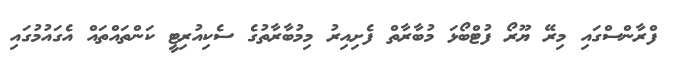
ފްރާންސްގައި މިރޭ ޔޫރޯ ފުޓްބޯޅަ މުބާރާތް ފެށިއިރު މިމުބާރާތުގެ ސެކިއުރިޓީ ކަންތައްތައް އެގައުމުގައި